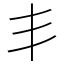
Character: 丯